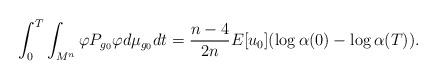
LaTeX: \begin{align*}\int_0^T \int_{M^n} \varphi P_{g_0}\varphi d\mu_{g_0}dt=\frac{n-4}{2n }E[u_0](\log \alpha(0)-\log \alpha(T)).\end{align*}